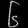
Digit: ၆